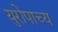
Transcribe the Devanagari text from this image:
युरोपाच्य